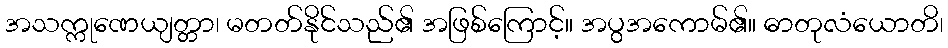
အသက္ကုဏေယျတ္တာ၊ မတတ်နိုင်သည်၏ အဖြစ်ကြောင့်။ အပွအကောမ်၏။ ဓာတုလံယောတိ၊